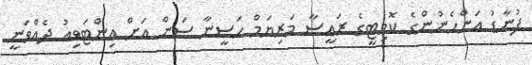
ފުނާޑު އަންހެނުންގެ ކޮމިޓީގެ ރައީސާ މަރިޔަމް ހަސީނާ ސަން އަށް އިންޓަވިއު ދެއްވަނީ